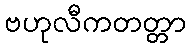
ဗဟုလီကတတ္တာ